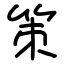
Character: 策